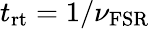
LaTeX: t_{\mathrm{rt}}=1/\nu_{\mathrm{FSR}}